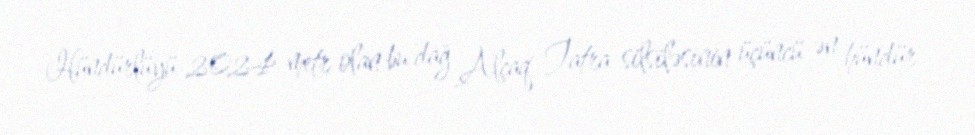
Hündürlüyü 2024 metr olan bu dağ Alçaq Tatra silsiləsinin üçüncü ən hündür